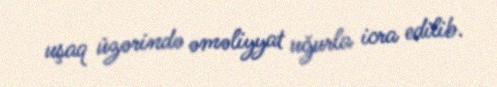
uşaq üzərində əməliyyat uğurla icra edilib.